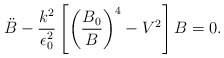
\begin{align*}\ddot B - \frac{k^2}{\epsilon_{0}^2}\left[ \left(\frac{B_0}{B}\right)^4 - V^2 \right] B = 0. \end{align*}